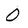
Character: 0